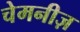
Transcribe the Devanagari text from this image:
चेमनीज़